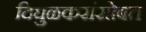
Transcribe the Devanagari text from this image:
दिघुळकरांसोबत